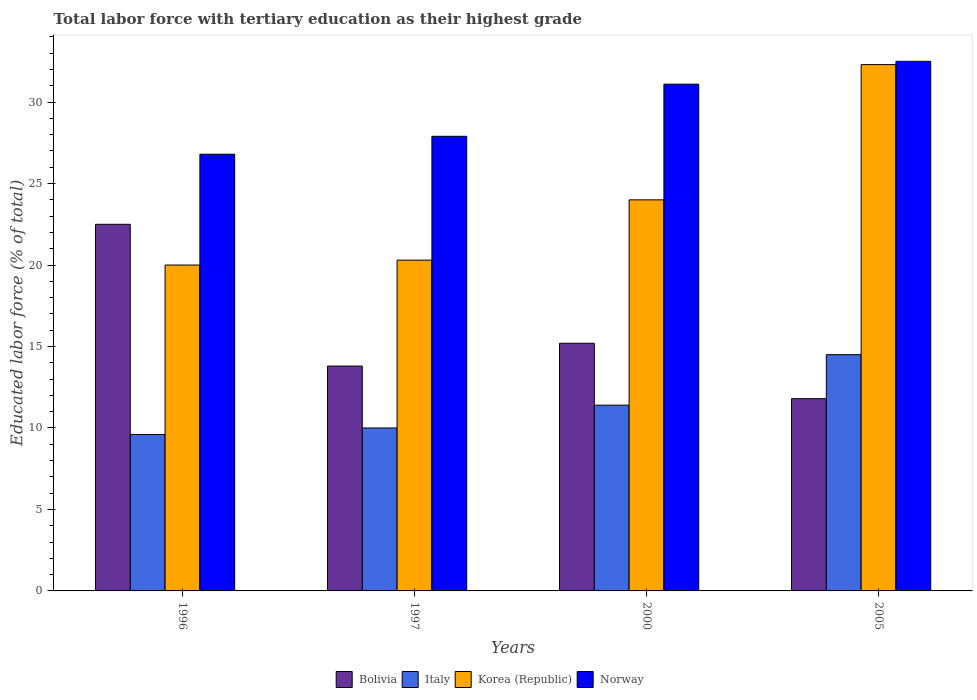
| Years | Bolivia | Italy | Korea (Republic) | Norway |
 | --- | --- | --- | --- | --- |
 | 1996 | 22.5 | 9.6 | 20 | 26.8 |
 | 1997 | 13.8 | 10 | 20.3 | 27.9 |
 | 2000 | 15.2 | 11.4 | 24 | 31.1 |
 | 2005 | 11.8 | 14.5 | 32.3 | 32.5 |